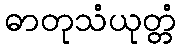
ဓာတုသံယုတ္တံ